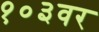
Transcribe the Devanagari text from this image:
१०३वर